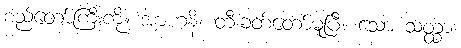
စည်တော်ကြီးကို။ အာဟနိ၊ တီးခတ်တော်မူပြီ။ သော သတ္ထာ၊